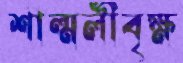
শাল্মলীবৃক্ষ